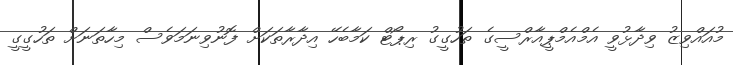
މުއައްވިޒު ވިދާޅުވީ އެމްއެމްޕީއާރްސީގެ ތަހުގީގު ރިޕޯޓް ކަމާބެހޭ އިދާރާތަކަށް ފޮނުވިނަމަވެސް މިހާތަނަށް ތަހުގީގީ